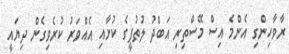
ރާވާހިންގި އެންމެ އިސް މޭސްތިރި އަބްދު ލުތުފީގެ ކުށާއި އެއްވަރު ކުރެވިގެން ދިޔައީ